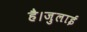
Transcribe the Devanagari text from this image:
है।जुलाई